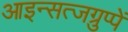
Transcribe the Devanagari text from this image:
आइन्सत्जग्रुप्पें